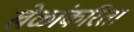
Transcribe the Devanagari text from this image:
खेळांकरिता